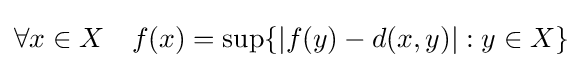
\forall x\in X\quad f(x)=\sup\{|f(y)-d(x,y)|:y\in X\}